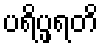
ပရိပ္ဖရတိ